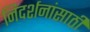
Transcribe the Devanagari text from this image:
निदर्शनांसाठी